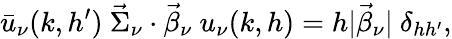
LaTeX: \bar{u}_{\nu}(k,h^{\prime})~\vec{\Sigma}_{\nu}\cdot\vec{\beta}_{\nu}~u_{\nu}(k,h)=h|\vec{\beta}_{\nu}|~\delta_{hh^{\prime}},